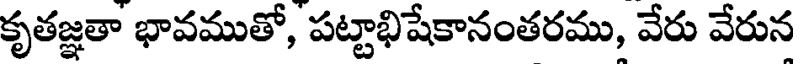
కృతజ్ఞతా భావముతో, పట్టాభిషేకానంతరము, వేరు వేరున